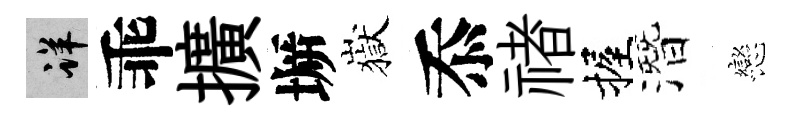
详乖擴󶱲嶽忝禇握潛戀